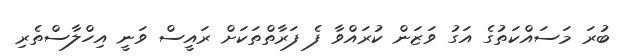
ބުރަ މަސައްކަތުގެ އަގު ވަޒަން ކުރައްވާ ފެ ފަރާތްތަކަށް ރައީސް ވަނީ އިހްލާސްތެރި